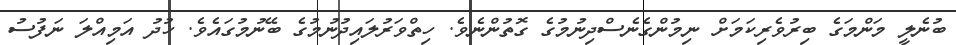
ބުނެލީ މަންމަގެ ބިރުވެރިކަމަށް ނިމުންގެނެސްދިނުމުގެ ގޮތުންނެވެ. ހިތްވަރުލައިދުނުމުގެ ބޭނުމުގައެވެ. ޚުދު އަމިއްލަ ނަފުސު